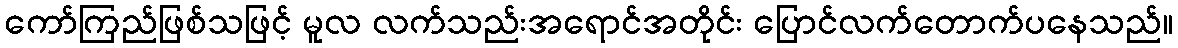
ကော်ကြည်ဖြစ်သဖြင့် မူလ လက်သည်းအရောင်အတိုင်း ပြောင်လက်တောက်ပနေသည်။